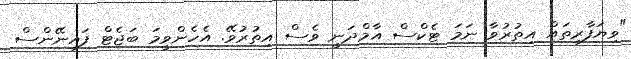
"ވިޔަފާރިތައް އިތުރުވާ ނަމަ ޓެކްސް އާމްދަނީ ވެސް އިތުރުވޭ. އެހެންވީމަ ބަޖެޓް ފައިނޭންސް